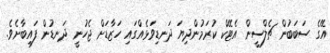
އޭގެ ސަބަބުން ޗެލްސީން އެޓޭކް ކުރަމުންދިޔަ ދަނޑިވަޅެއްގައި ހަޒާޑަށް ޖެހުނީ ދަނޑުން ފައިބާށެވެ.